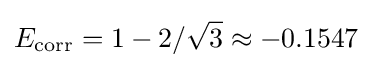
E_{\rm {corr}}=1-2/{\sqrt {3}}\approx -0.1547